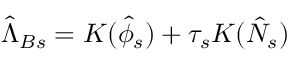
\hat { \Lambda } _ { B s } = { \cal { K } } ( \hat { \phi } _ { s } ) + \tau _ { s } { \cal { K } } ( \hat { N } _ { s } )